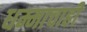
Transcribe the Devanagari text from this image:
धम्माचाही